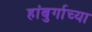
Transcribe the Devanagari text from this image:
हांबुर्गाच्या